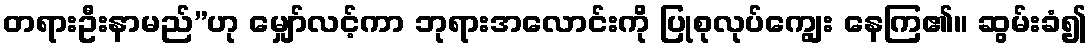
တရားဦးနာမည်”ဟု မျှော်လင့်ကာ ဘုရားအလောင်းကို ပြုစုလုပ်ကျွေး နေကြ၏။ ဆွမ်းခံ၍